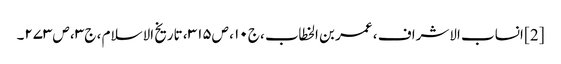
[2] انساب الاشراف ، عمر بن الخطاب ، ج۱۰ ، ص۳۱۵ ، تاریخ الاسلام ، ج۳ ، ص۲۷۳۔